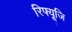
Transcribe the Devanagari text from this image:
रिफ्यूजि